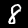
Digit: 8